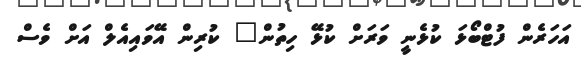
އަހަރެން ފުޓްބޯޅަ ކުޅެނީ ވަރަށް ކުޅޭ ހިތުން" ކުރިން އޭވައިއެލް އަށް ވެސް